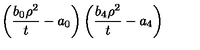
\left( \frac { b _ { 0 } \rho ^ { 2 } } { t } - a _ { 0 } \right) \left( \frac { b _ { 4 } \rho ^ { 2 } } { t } - a _ { 4 } \right)